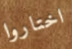
اختاروا